Annual report of the Bengal Veterinary College and of the Civil Veterinary Department, Bengal, for the year 1912-1913 - 1912-1913
Year: 1912
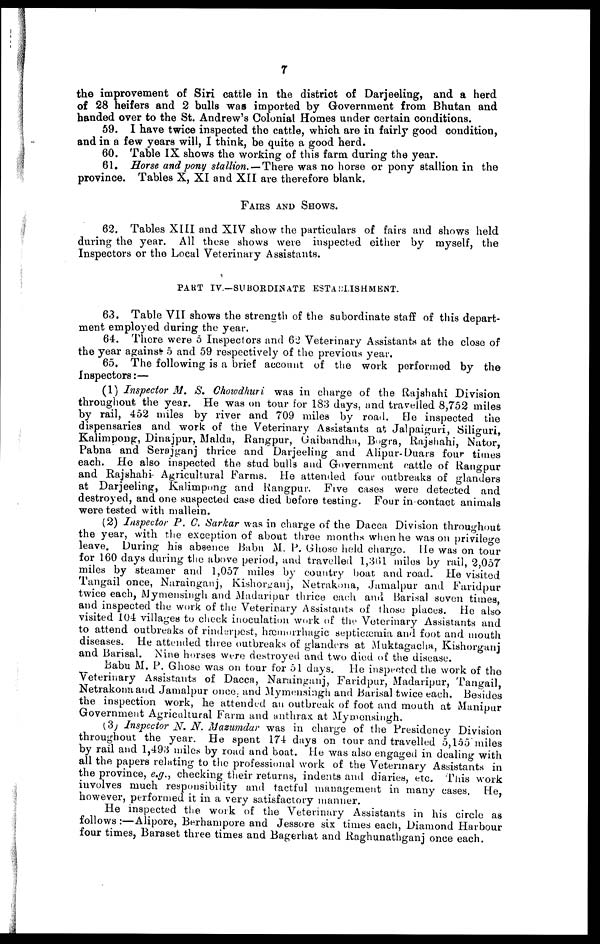
7
the improvement of Siri cattle in the district of Darjeeling, and a herd
of 28 heifers and 2 bulls was imported by Government from Bhutan and
handed over to the St. Andrew's Colonial Homes under certain conditions.
59. I have twice inspected the cattle, which are in fairly good condition,
and in a few years will, I think, be quite a good herd.
60. Table IX shows the working of this farm during the year.
61. Horse and pony stallion. — There was no horse or pony stallion in the
province. Tables X, XI and XII are therefore blank.
FAIRS AND SHOWS.
62. Tables XIII and XIV show the particulars of fairs and shows held
during the year. All these shows were inspected either by myself, the
Inspectors or the Local Veterinary Assistants.
PART IV.—SUBORDINATE ESTABLISHMENT.
63. Table VII shows the strength of the subordinate staff of this depart-
ment employed during the year.
64. There were 5 Inspectors and 62 Veterinary Assistants at the close of
the year against 5 and 59 respectively of the previous year.
65. The following is a brief account of the work performed by the
Inspectors:—
(1) Inspector M. S. Chowdhuri was in charge of the Rajshahi Division
throughout the year. He was on tour for 183 days, and travelled 8,752 miles
by rail, 452 miles by river and 709 miles by road. He inspected the
dispensaries and work of the Veterinary Assistants at Jalpaiguri, Siliguri,
Kalimpong, Dinajpur, Malda, Rangpur, Gaibandha, Bogra, Rajshahi, Nator,
Pabna and Serajganj thrice and Darjeeling and Alipur-Duars four times
each. He also inspected the stud bulls and Government cattle of Rangpur
and Rajshahi- Agricultural Farms. He attended four outbreaks of glanders
at Darjeeling, Kalimpong and Rangpur. Five cases were detected and
destroyed, and one suspected case died before testing. Four in contact animals
were tested with mallein.
(2) Inspector P. C. Sarkar was in charge of the Dacca Division throughout
the year, with the exception of about three months when he was on privilege
leave. During his absence Babu M. P. Ghose held charge. He was on tour
for 160 days during the above period, and travelled 1,361 miles by rail, 2,057
miles by steamer and 1,057 miles by country boat and road. He visited
Tangail once, Narainganj, Kishorganj, Netrakona, Jamalpur and Faridpur
twice each, Mymensingh and Madaripur thrice each and Barisal seven times,
and inspected the work of the Veterinary Assistants of those places. He also
visited 104 villages to check inoculation work of the Veterinary Assistants and
to attend outbreaks of rinderpest, hæmorrhagic septicæmia and foot and mouth
diseases. He attended three outbreaks of glanders at Muktagacha, Kishorganj
and Barisal. Nine horses were destroyed and two died of the disease.
Babu M. P. Ghose was on tour for 51 days. He inspected the work of the
Veterinary Assistants of Dacca, Narainganj, Faridpur, Madaripur, Tangail,
Netrakona and Jamalpur once, and Mymensingh and Barisal twice each. Besides
the inspection work, he attended an outbreak of foot and mouth at Manipur
Government Agricultural Farm and anthrax at Mymensingh.
(3) Inspector N. N. Mazumdar was in charge of the Presidency Division
throughout the year. He spent 174 days on tour and travelled 5,155 miles
by rail and 1,493 miles by road and boat. He was also engaged in dealing with
all the papers relating to the professional work of the Veterinary Assistants in
the province, e,g., checking their returns, indents and diaries, etc. This work
involves much responsibility and tactful management in many cases. He,
however, performed it in a very satisfactory manner.
He inspected the work of the Veterinary Assistants in his circle as
follows :—Alipore, Berhampore and Jessore six times each, Diamond Harbour
four times, Baraset three times and Bagerhat and Raghunathganj once each.